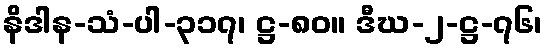
နိဒါန-သံ-ပါ-၃၁၇၊ ဋ္ဌ-၈၀။ ဒီဃ-၂-ဋ္ဌ-၇၆၊